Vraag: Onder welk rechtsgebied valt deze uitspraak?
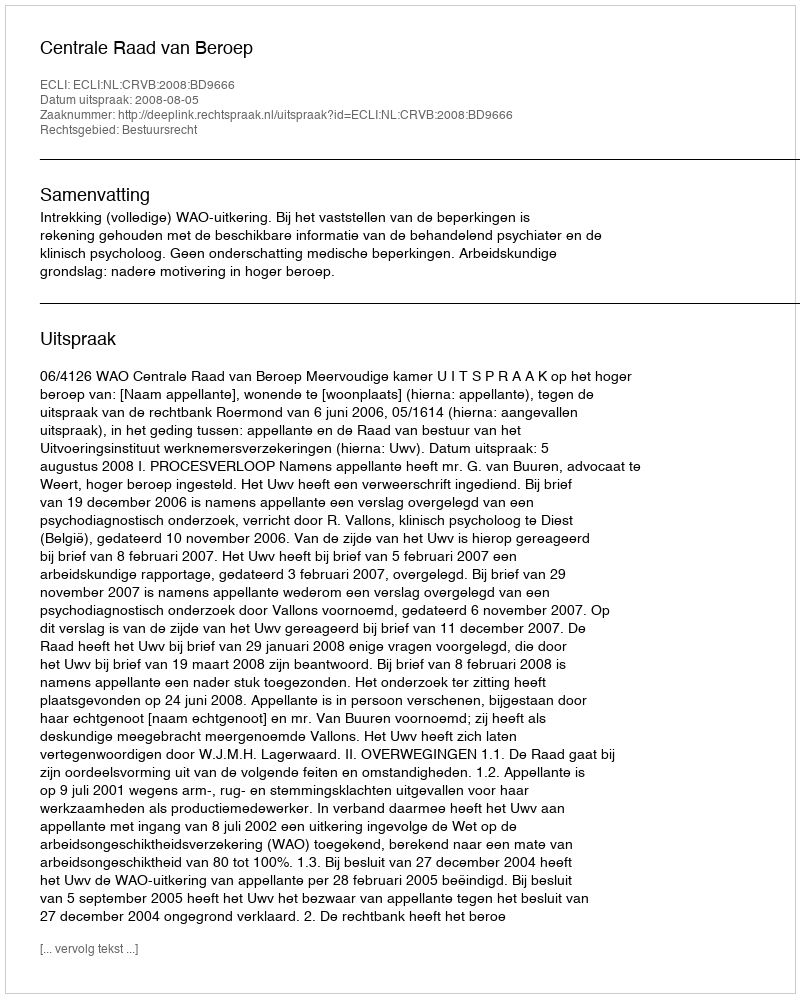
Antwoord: Bestuursrecht